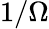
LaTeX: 1/\Omega